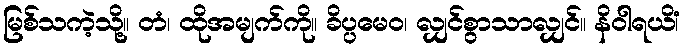
မြစ်သကဲ့သို့။ တံ၊ ထိုအမျက်ကို။ ခိပ္ပမေဝ၊ လျှင်စွာသာလျှင်။ နိဝါရယိံ၊